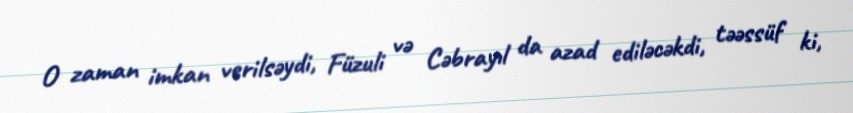
O zaman imkan verilsəydi, Füzuli və Cəbrayıl da azad ediləcəkdi, təəssüf ki,